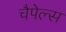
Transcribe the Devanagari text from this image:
चैपेल्स